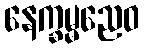
နေက္ခမ္မညေဝ